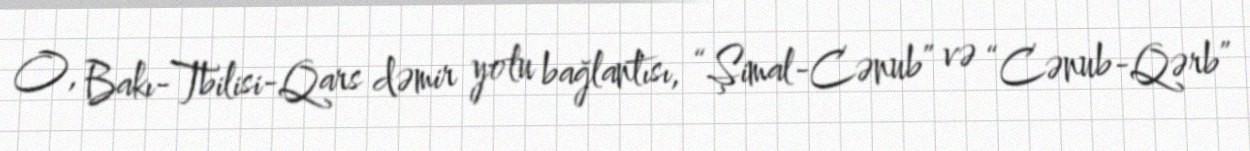
O, Bakı-Tbilisi-Qars dəmir yolu bağlantısı, “Şimal-Cənub” və “Cənub-Qərb”